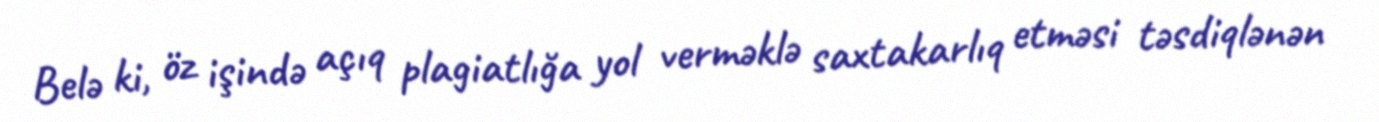
Belə ki, öz işində açıq plagiatlığa yol verməklə saxtakarlıq etməsi təsdiqlənən